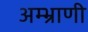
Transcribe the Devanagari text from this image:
अम्भ्राणी